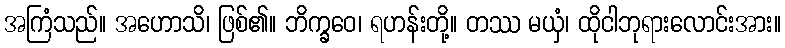
အကြံသည်။ အဟောသိ၊ ဖြစ်၏။ ဘိက္ခဝေ၊ ရဟန်းတို့။ တဿ မယှံ၊ ထိုငါဘုရားလောင်းအား။